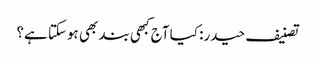
تصنیف حیدر: کیا آج کبھی بند بھی ہوسکتا ہے؟